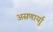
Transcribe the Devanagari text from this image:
असणार्याु